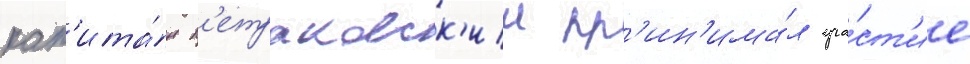
кап'ита́н п'етраковск'ии пр'ин'има́л уча́ст'ие